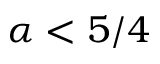
\alpha < 5 / 4